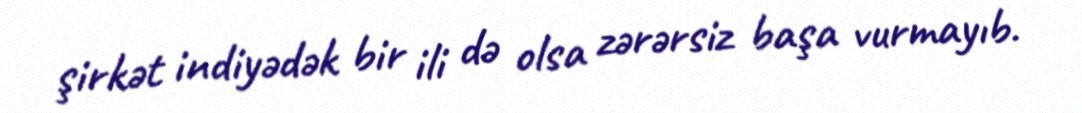
şirkət indiyədək bir ili də olsa zərərsiz başa vurmayıb.